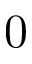
0